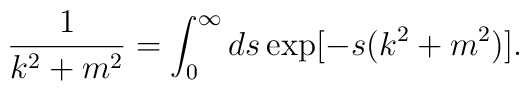
\frac{1}{k^{2}+m^{2}}=\int_{0}^{\infty}ds \exp[-s(k^{2}+m^{2})].